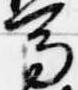
馬